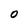
Character: O